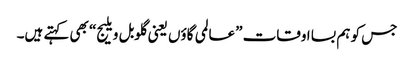
جس کو ہم بسا اوقات ”عالمی گاؤں یعنی گلوبل ویلیج“ بھی کہتے ہیں۔